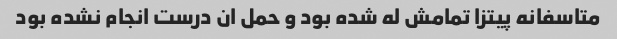
متاسفانه پیتزا تمامش له شده بود و حمل ان درست انجام نشده بود